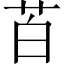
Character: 苩